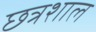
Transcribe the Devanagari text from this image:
छत्रशाल